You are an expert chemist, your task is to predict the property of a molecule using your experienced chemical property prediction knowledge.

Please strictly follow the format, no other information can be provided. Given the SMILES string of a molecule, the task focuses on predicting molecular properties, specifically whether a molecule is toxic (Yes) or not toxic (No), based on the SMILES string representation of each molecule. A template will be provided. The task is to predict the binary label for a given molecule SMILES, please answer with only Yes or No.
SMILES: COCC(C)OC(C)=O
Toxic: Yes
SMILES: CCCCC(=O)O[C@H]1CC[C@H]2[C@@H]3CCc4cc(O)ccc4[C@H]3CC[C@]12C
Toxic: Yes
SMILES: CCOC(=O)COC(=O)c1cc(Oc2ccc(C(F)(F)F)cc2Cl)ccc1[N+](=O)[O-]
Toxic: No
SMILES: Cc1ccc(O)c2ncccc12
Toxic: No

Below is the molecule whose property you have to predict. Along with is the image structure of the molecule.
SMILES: Nc1ncc([N+](=O)[O-])s1
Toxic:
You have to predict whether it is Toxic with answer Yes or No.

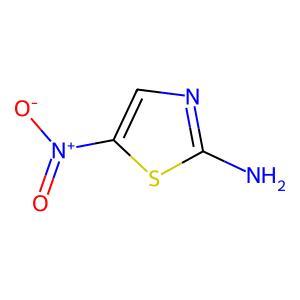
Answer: No